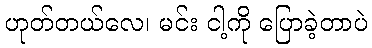
ဟုတ်တယ်လေ၊ မင်း ငါ့ကို ပြောခဲ့တာပဲ